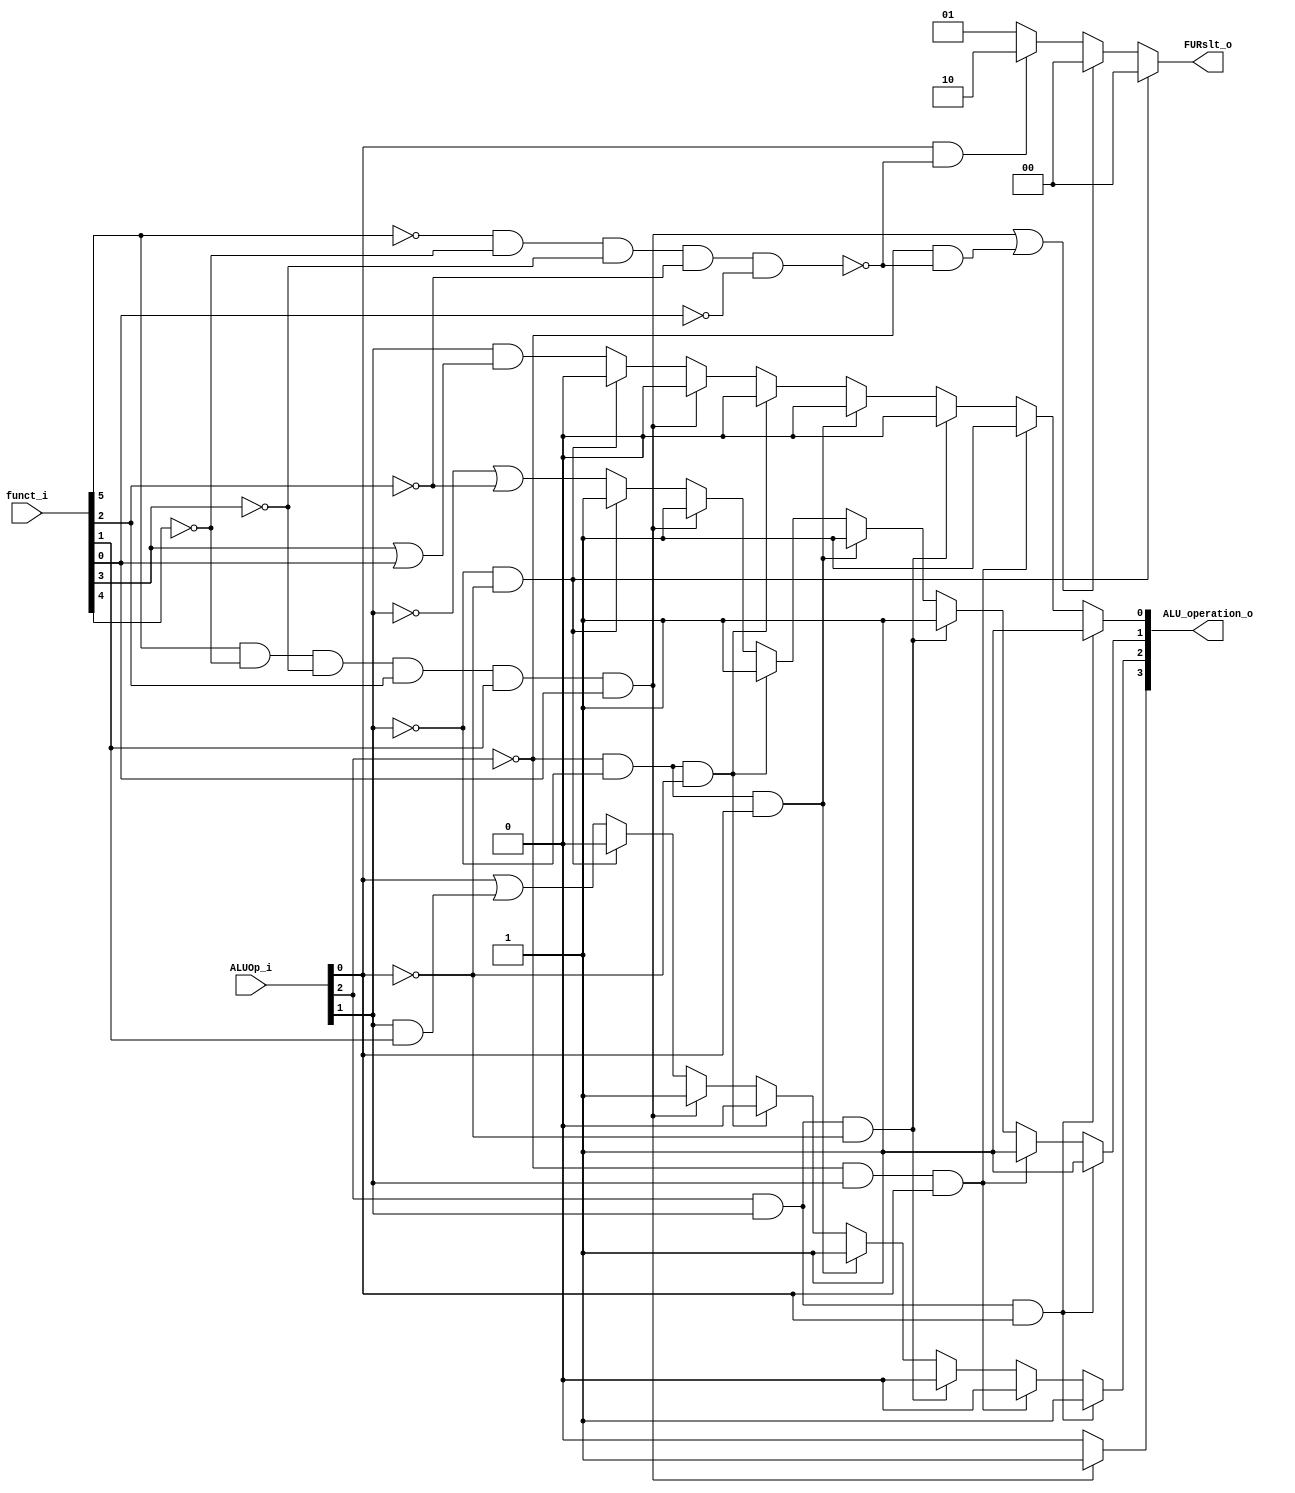
module ALU_Ctrl( funct_i, ALUOp_i, ALU_operation_o, FURslt_o );

//I/O ports 
input      [6-1:0] funct_i;
input      [3-1:0] ALUOp_i;

output     [4-1:0] ALU_operation_o;  
output     [2-1:0] FURslt_o;
     
//Internal Signals
wire		[4-1:0] ALU_operation_o;
wire		[2-1:0] FURslt_o;

//Main function
wire addi;
wire nor1;
wire shift;
wire lw;
wire sw;
wire beq;
wire bne;
wire bnez;
wire bgez;
wire blt;

assign shift=~funct_i[5]&&~funct_i[4]&&~funct_i[3]&&~funct_i[2]&&~funct_i[0];
assign nor1=funct_i[5]&&~funct_i[4]&&~funct_i[3]&&funct_i[2]&&funct_i[1]&&funct_i[0];
assign addi=~ALUOp_i[1]&&~ALUOp_i[0];
assign lw=~ALUOp_i[2]&&~ALUOp_i[1]&&~ALUOp_i[0];
assign sw=~ALUOp_i[2]&&~ALUOp_i[1]&&~ALUOp_i[0];
assign beq=~ALUOp_i[2]&&~ALUOp_i[1]&&ALUOp_i[0];
assign bne=ALUOp_i[2]&&ALUOp_i[1]&&~ALUOp_i[0];
assign bnez=ALUOp_i[2]&&ALUOp_i[1]&&~ALUOp_i[0];
assign bgez=~ALUOp_i[2]&&ALUOp_i[1]&&ALUOp_i[0];
assign blt=ALUOp_i[2]&&ALUOp_i[1]&&ALUOp_i[0];


assign ALU_operation_o[3]=(nor1)?1:0;
assign ALU_operation_o[2]=(blt)?1:(bgez)?0:(bnez)?0:(bne)?1:(beq)?1:(sw)?0:(lw)?0:(nor1)?1:(addi)?0:ALUOp_i[0]||(ALUOp_i[1]&&funct_i[1]);
assign ALU_operation_o[1]=(blt)?1:(bgez)?1:(bnez)?1:(bne)?1:(beq)?1:(sw)?1:(lw)?1:(nor1)?1:(addi)?1:!ALUOp_i[1]||~funct_i[2];
assign ALU_operation_o[0]=(blt)?1:(bgez)?1:(bnez)?0:(bne)?0:(beq)?0:(sw)?0:(lw)?0:(nor1)?0:(addi)?0:ALUOp_i[1]&&(funct_i[3]||funct_i[0]);
assign FURslt_o=(addi)?0:(nor1||(~ALUOp_i[2]&&~shift))?0:(ALUOp_i[0]&&~shift)?2:1;

endmodule